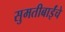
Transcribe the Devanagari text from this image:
सुमतीबाईंचे